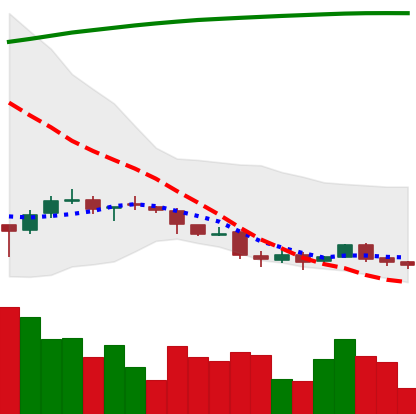
Ticker: DOGE-USD
Chart end date: 2018-04-06
Forward return: 27.191%
Label: up_7plus